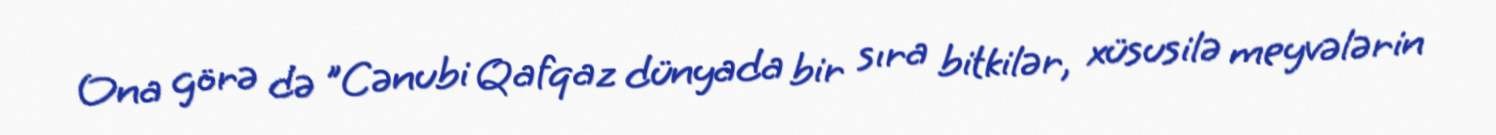
Ona görə də "Cənubi Qafqaz dünyada bir sıra bitkilər, xüsusilə meyvələrin